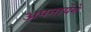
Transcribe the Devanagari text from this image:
अपनायेंगे